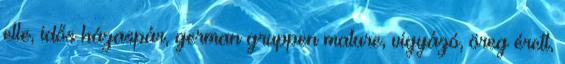
elle, idős házaspár, german gruppen mature, vigyázó, öreg érett,